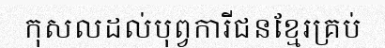
កុសលដល់បុព្វការីជនខ្មែរគ្រប់